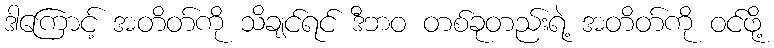
ဒါကြောင့် အတိတ်ကို သိချင်ရင် ဒီဘဝ တစ်ခုတည်းရဲ့ အတိတ်ကို ဝင်ဖို့